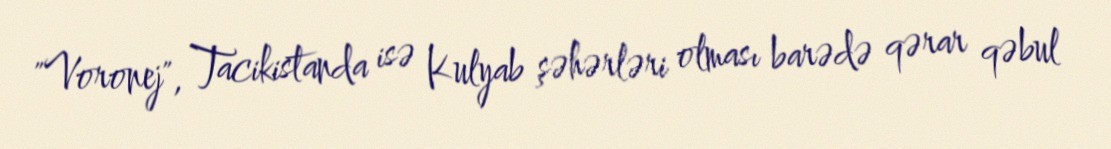
"Voronej", Tacikistanda isə Kulyab şəhərləri olması barədə qərar qəbul